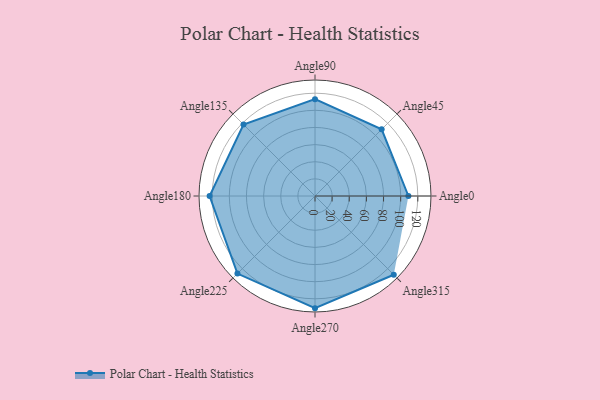
{"axis": {"x": "Angle", "y": "Radius"}, "legend": [""], "data": [{"x": "Angle0", "y": 109.0, "type": ""}, {"x": "Angle45", "y": 110.0, "type": ""}, {"x": "Angle90", "y": 113.0, "type": ""}, {"x": "Angle135", "y": 118.0, "type": ""}, {"x": "Angle180", "y": 123.0, "type": ""}, {"x": "Angle225", "y": 128.0, "type": ""}, {"x": "Angle270", "y": 131.0, "type": ""}, {"x": "Angle315", "y": 130.0, "type": ""}]}